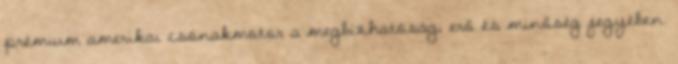
prémium amerikai csónakmotor a megbízhatóság, erő és minőség jegyében.